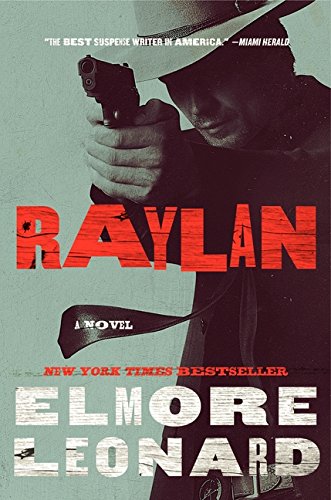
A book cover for Raylan: A Novel; Elmore Leonard; Literature & Fiction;